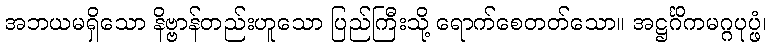
အဘယမရှိသော နိဗ္ဗာန်တည်းဟူသော ပြည်ကြီးသို့ ရောက်စေတတ်သော။ အဋ္ဌင်္ဂိကမဂ္ဂပုပ္ဖံ၊